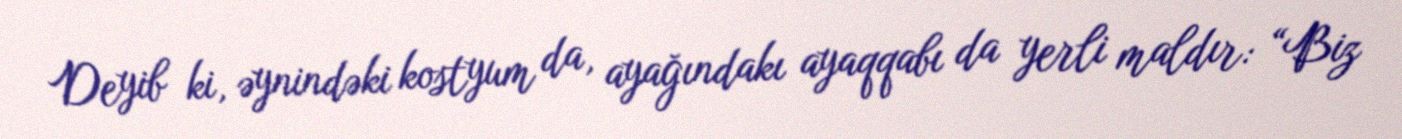
Deyib ki, əynindəki kostyum da, ayağındakı ayaqqabı da yerli maldır: “Biz